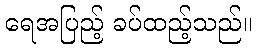
ရေအပြည့် ခပ်ထည့်သည်။